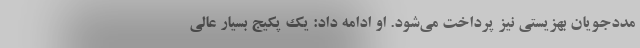
مددجویان بهزیستی نیز پرداخت می‌شود. او ادامه داد: یک پکیج بسیار عالی